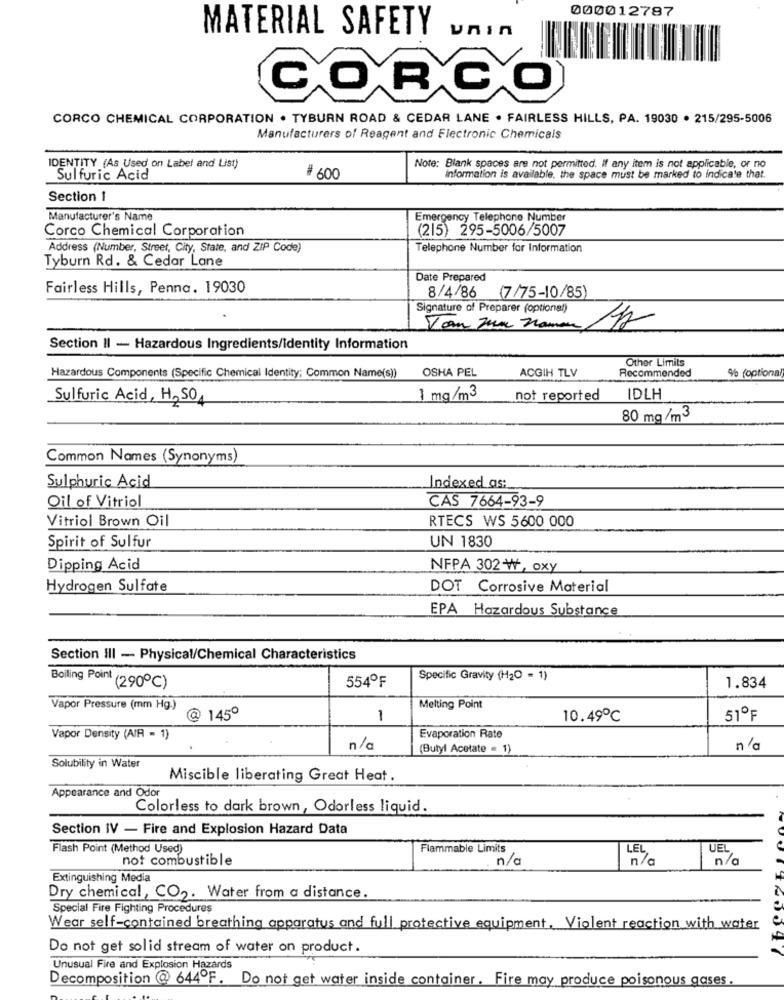
000012787
MATERIAL SAFETY
unIn
CORCO
CORCO CHEMICAL CORPORATION . TYBURN ROAD & CEDAR LANE . FAIRLESS HILLS, PA. 19030 . 215/295-5006
Manufacturers of Reagent and Electronic Chemicals
IDENTITY (As Used on Label and List)
Note: Blank spaces are not permitted. if any item is not applicable, or no
Sulfuric Acid
# 600
Information is available, the space must be marked to indicate that.
Section 1
Manufacturer's Name
Emergency Telephone Number
Corco Chemical Corporation
(215) 295-5006/5007
Address (Number, Street, City, State, and ZIP Code)
Telephone Number for Information
Tyburn Rd. & Cedar Lane
Date Prepared
Fairless Hills, Penna. 19030
8/4/86 (7/75-10/85)
Signature of Preparer (optional)
Section II - Hazardous Ingredients/Identity Information
Other Limits
Hazardous Components (Specific Chemical Identity: Common Name(s) OSHA PEL
ACGIH TLV
% (optiona
Recommended
Sulfuric Acid, H2SO
1 mg/m3
not reported
IDLH
80 mg/m3
Common Names (Synonyms)
Sulphuric Acid
Indexed as:
Oil of Vitriol
CAS 7664-93-9
Vitriol Brown Oil
RTECS WS 5600 000
Spirit of Sulfur
UN 1830
Dipping Acid
NFPA 302 W, oxy
Hydrogen Sulfate
DOT Corrosive Material
EPA Hazardous Substance
Section III - Physical/Chemical Characteristics
554ºF
Specific Gravity (H2O = 1)
Boiling Point (290℃)
1.834
Vapor Pressure (mm Hg.)
Melting Point
@ 145º
1
10.49℃
51ºF
Vapor Density (AIR - 1)
Evaporation Rate
n/a
(Butyl Acetate = 1)
n /a
Solubility in Water
Miscible liberating Great Heat .
Appearance and Odor
Colorless to dark brown, Odorless liquid.
Section IV - Fire and Explosion Hazard Data
Flash Point (Method Used)
Flammable Limits
LEL
UEL
not combustible
n/a
n/a
n/a
Extinguishing Media
Dry chemical, CO2. Water from a distance.
Special Fire Fighting Procedures
Wear self-contained breathing apparatus and full protective equipment. Violent reaction with water
Do not get solid stream of water on product.
Unusual Fire and Explosion Hazards
Decomposition @ 644ºF. Do not get water inside container. Fire may produce poisonous gases.